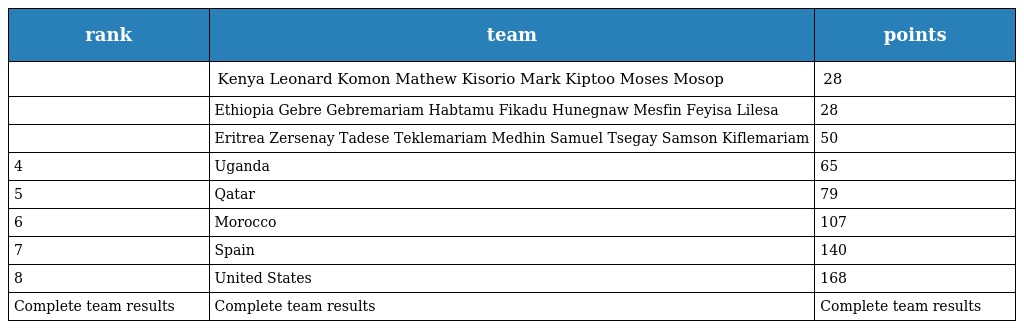
| rank | team | points |
 | --- | --- | --- |
 |  | Kenya Leonard Komon Mathew Kisorio Mark Kiptoo Moses Mosop | 28 |
 |  | Ethiopia Gebre Gebremariam Habtamu Fikadu Hunegnaw Mesfin Feyisa Lilesa | 28 |
 |  | Eritrea Zersenay Tadese Teklemariam Medhin Samuel Tsegay Samson Kiflemariam | 50 |
 | 4 | Uganda | 65 |
 | 5 | Qatar | 79 |
 | 6 | Morocco | 107 |
 | 7 | Spain | 140 |
 | 8 | United States | 168 |
 | Complete team results | Complete team results | Complete team results |